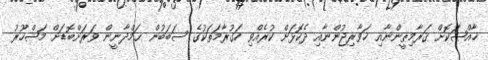
ޚާއްޞަކޮށް ޤަރާމިޠީންނާއި ޚަވާރިޖުންނާއި ދެކޮޅަށް ކުރެއްވި ހަގުރާމަތަކުގެ ސަބަބުން ޙަމްދާނީން ވަރަށްބޮޑަށް މަޝްހޫރު